Account of plague administration in the Bombay Presidency from September 1896 till May 1897
Year: 1896
Disease focus: Plague
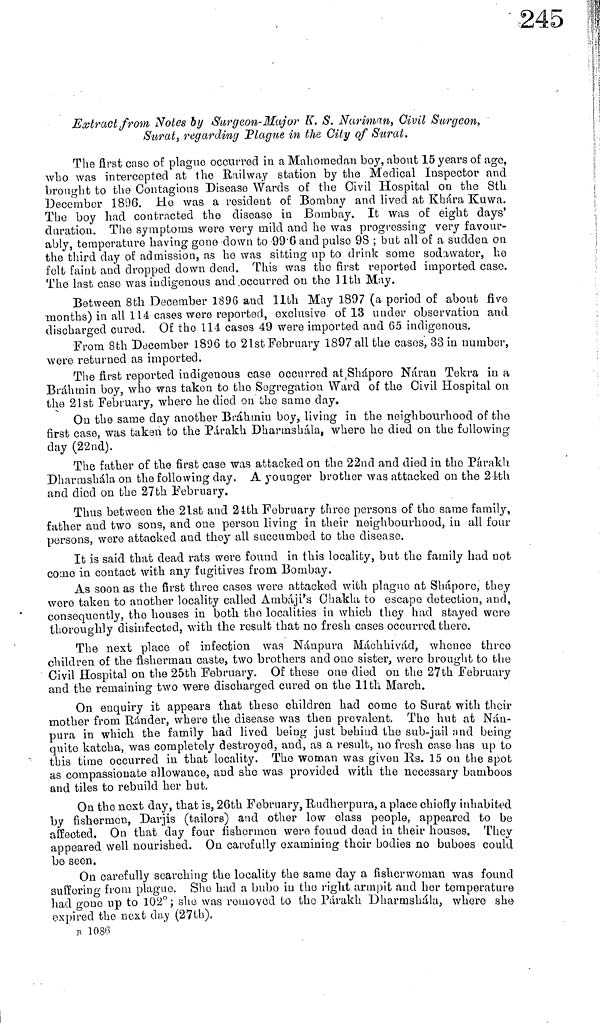
Extract from Notes by Surgcon-Major K. S. Nariman, Civil Surgeon,
Surat, regarding blague in the City of Surat.
The ñrst case of plague occurred iu a Mahomedan boy, about 15 years of age,
who was intercepted at the Railway station by the Medical Inspector and
brought to the Contagious Disease Wards of the Civil Hospital on the 8th
December 1896. He was a resident of Bombay and lived at Khára Kuwa.
The boy had contracted the disease in Bombay. It was of eight days'
duration. The symptoms were very mild and he was progressing very favour-
ably, temperature having gone down to 99 6 and pulse 98 ; but all of a sudden on
the third day of admission, as he was sitting up to drink some sodawator, he
felt faint and dropped down dead. This was the first reported imported case.
The last case was indigenous and occurred on the 11th May.
Between 8th December 1896 and 11th May 1897 (a period of about five
months) in all 114 cases were reported, exclusive of 13 under observation and
discharged cured. Of the 114 cases 49 were imported and 65 indigenous.
From 8th December 1896 to 21st February 1897 all the casos, 33 in number,
were returned as imported.
The first reported indigenous case occurred at Shápore Náran Tekra in a
Brahmin boy, who was taken to the Segregation Ward of the Civil Hospital on
the 21st February, where he died on the same day.
On the same day another Brahmin boy, living in the neighbourhood of the
first case, was taken to the Párakh Dharmshala, where he died on the following-
day (22nd).
The father of the first case was attacked on the 22nd and died in the Párakh
Dharmshala on the following day. A younger brother was attacked on the 2ith
and died on the 27th February.
Thus between the 21st and 24th February three persons of the same family,
father and two sons, and one person living in their neighbourhood, in all four
persons, were attacked and they all succumbed to the disease.
It is said that dead rats were found in this locality, but the family had not
come in contact with any fugitives from Bombay.
As soon as the first three cases were attacked with plague at Shapore, they
were taken to another locality called Ambáji's Chakla to escape detection, and,
consequently, tho houses in both tho localities in which they had stayed were
thoroughly disinfected, with the result that no fresh cases occurred there.
The next place of infection was Nánpura Máchhivád. whence three
children of the fisherman caste, two brothers and one sister, were brought to the
Civil Hospital on the 25th February. Of these one died on the 27th February
and the remaining two were discharged cured on the llth March.
On enquiry it appears that these children had come to Surat with their
mother from Ránder, where the disease was then prevalent. The hut at Nán-
pura in which the family had lived being just behind the sub-jail nnd being
quite katcha, was completely destroyed, and, as a result, no fresh case has up to
this time occurred in that locality. The woman was given Rs. 15 on the spot
as compassionate allowance, and she was provided with the necessary bamboos
and tiles to rebuild her hut.
On the next day, that is, 26th February, Rudherpura, a place chiefly inhabited
by fishermen, Darjis (tailors) and other low class people, appeared to be
affected. On that day four fishermen were found dead in their houses. They
appeared well nourished. On carefully examining their bodies no buboes could
be seen,
On carefully searching the locality the same day a fisherwoman was found
suffering from plague. She had a bubo iu tho right armpit and her temperature
had gone up to 102°; she was removed to the Parakh Dharmshála, where she
expired the next day (27th).
B 1080